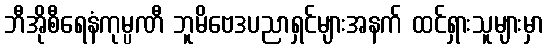
ဘီအိုစီရေနံကုမ္ပဏီ ဘူမိဗေဒပညာရှင်များအနက် ထင်ရှားသူများမှာ